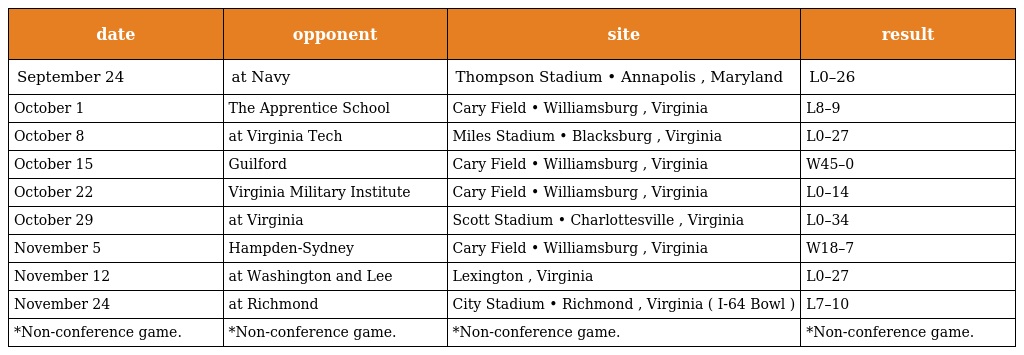
| date | opponent | site | result |
 | --- | --- | --- | --- |
 | September 24 | at Navy | Thompson Stadium • Annapolis , Maryland | L0–26 |
 | October 1 | The Apprentice School | Cary Field • Williamsburg , Virginia | L8–9 |
 | October 8 | at Virginia Tech | Miles Stadium • Blacksburg , Virginia | L0–27 |
 | October 15 | Guilford | Cary Field • Williamsburg , Virginia | W45–0 |
 | October 22 | Virginia Military Institute | Cary Field • Williamsburg , Virginia | L0–14 |
 | October 29 | at Virginia | Scott Stadium • Charlottesville , Virginia | L0–34 |
 | November 5 | Hampden-Sydney | Cary Field • Williamsburg , Virginia | W18–7 |
 | November 12 | at Washington and Lee | Lexington , Virginia | L0–27 |
 | November 24 | at Richmond | City Stadium • Richmond , Virginia ( I-64 Bowl ) | L7–10 |
 | *Non-conference game. | *Non-conference game. | *Non-conference game. | *Non-conference game. |